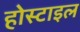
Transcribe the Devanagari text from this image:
होस्टाइल